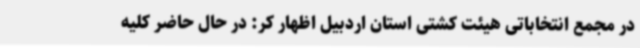
در مجمع انتخاباتی هیئت کشتی استان اردبیل اظهار کر: در حال حاضر کلیه